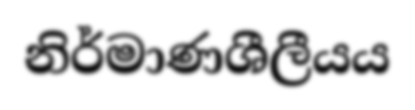
නිර්මාණශීලීයය